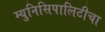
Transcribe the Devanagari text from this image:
म्युनिसिपालिटीचा